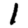
Digit: 1